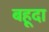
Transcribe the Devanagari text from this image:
बहूदा